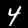
Digit: 4